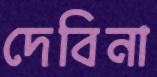
দেবিনা